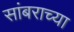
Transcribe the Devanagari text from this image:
सांबराच्या